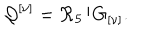
LaTeX: { \cal Q } ^ { \left[ \nu \right] } = { \cal R } _ { 5 } / G _ { \left[ \nu \right] } .